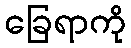
ခြေရာကို